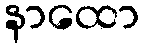
နာထော